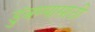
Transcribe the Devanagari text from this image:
डुंबण्यासाठी